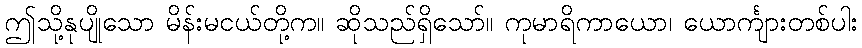
ဤသို့နုပျိုသော မိန်းမငယ်တို့က။ ဆိုသည်ရှိသော်။ ကုမာရိကာယော၊ ယောင်္ကျားတစ်ပါး